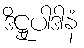
ဒိဋ္ဌုပါဒါနံ